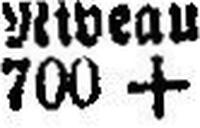
700 +